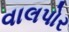
વાલપોર